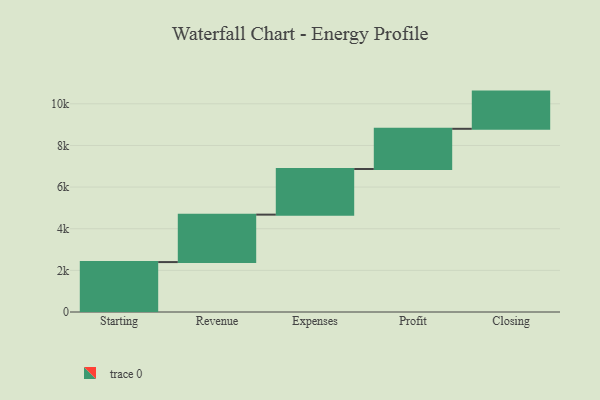
{"axis": {"x": "Step", "y": "Value"}, "legend": [""], "data": [{"x": "Starting", "y": 2398.0, "type": ""}, {"x": "Revenue", "y": 2279.0, "type": ""}, {"x": "Expenses", "y": 2191.0, "type": ""}, {"x": "Profit", "y": 1932.0, "type": ""}, {"x": "Closing", "y": 1787.0, "type": ""}]}